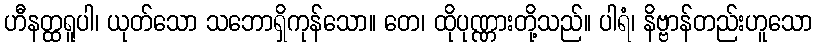
ဟီနတ္ထရူပါ၊ ယုတ်သော သဘောရှိကုန်သော။ တေ၊ ထိုပုဏ္ဏားတို့သည်။ ပါရံ၊ နိဗ္ဗာန်တည်းဟူသော